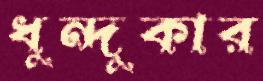
ধুন্দুকার